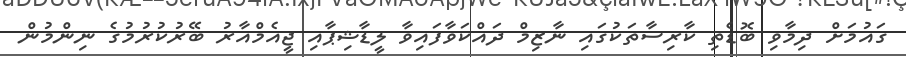
ގައުމަށް ދިމާވި ބޮޑެތި ކާރިސާތަކުގައި ނާޒިމް ދައްކަވާފައިވާ ލީޑާޝިޕާއި ޖީއެމްއާރު ބޭރުކުރުމުގެ ނިންމުން